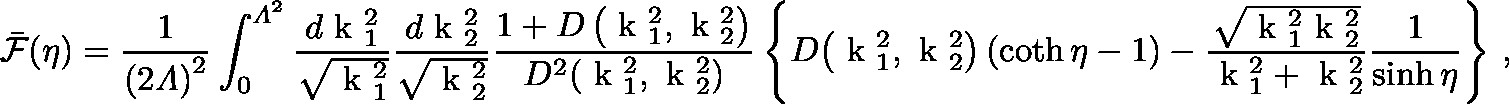
\bar { \cal F } ( \eta ) = \frac { 1 } { \left( 2 { \mit \Lambda } \right) ^ { 2 } } \int _ { 0 } ^ { { \mit \Lambda } ^ { 2 } } \frac { d \mathrm { \boldmath ~ k ~ } { } _ { 1 } ^ { 2 } } { \sqrt { \mathrm { \boldmath ~ k ~ } { } _ { 1 } ^ { 2 } } } \frac { d \mathrm { \boldmath ~ k ~ } { } _ { 2 } ^ { 2 } } { \sqrt { \mathrm { \boldmath ~ k ~ } { } _ { 2 } ^ { 2 } } } \frac { 1 + D \left( \mathrm { \boldmath ~ k ~ } { } _ { 1 } ^ { 2 } , \mathrm { \boldmath ~ k ~ } { } _ { 2 } ^ { 2 } \right) } { D ^ { 2 } \! \left( \mathrm { \boldmath ~ k ~ } { } _ { 1 } ^ { 2 } , \mathrm { \boldmath ~ k ~ } { } _ { 2 } ^ { 2 } \right) } \left\{ D \! \left( \mathrm { \boldmath ~ k ~ } { } _ { 1 } ^ { 2 } , \mathrm { \boldmath ~ k ~ } { } _ { 2 } ^ { 2 } \right) \left( \coth \eta - 1 \right) - \frac { \sqrt { \mathrm { \boldmath ~ k ~ } { } _ { 1 } ^ { 2 } \mathrm { \boldmath ~ k ~ } { } _ { 2 } ^ { 2 } } } { \mathrm { \boldmath ~ k ~ } { } _ { 1 } ^ { 2 } + \mathrm { \boldmath ~ k ~ } { } _ { 2 } ^ { 2 } } \frac { 1 } { \sinh \eta } \right\} \, ,